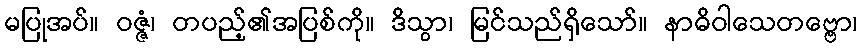
မပြုအပ်။ ဝဇ္ဇံ၊ တပည့်၏အပြစ်ကို။ ဒိသွာ၊ မြင်သည်ရှိသော်။ နာဓိဝါသေတဗ္ဗော၊